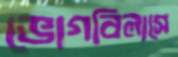
ভোগবিলাসে